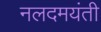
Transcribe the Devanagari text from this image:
नलदमयंती